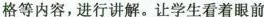
格等内容，进行讲解。让学生看着眼前